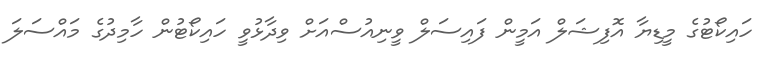
ހައިކޯޓުގެ މީޑިޔާ އޮފިޝަލް އަމީން ފައިސަލް ވީނިއުސްއަށް ވިދާޅުވީ ހައިކޯޓުން ހާމިދުގެ މައްސަލަ